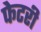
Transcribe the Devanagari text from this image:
फेटरी